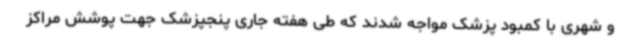
و شهری با کمبود پزشک مواجه شدند که طی هفته جاری پنجپزشک جهت پوشش مراکز